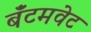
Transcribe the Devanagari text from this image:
बॅंटमवेट